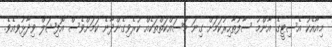
މިއާއެކު އެސިޓީގެ އާންމު ސާފުތާހިރުކަމަށް ގިނަ މަސައްކަތްތަކެއް ކުރެވިގެންދާނެ ކަމަށްވެސް އޮފިޝަލް ވިދާޅުިވއެވެ.